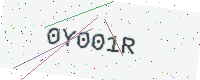
Text: 0Y001R